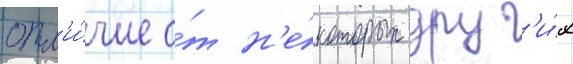
отл'и́чие о́т н'е́которых друг'и́х